Indian journal of veterinary science and animal husbandry - Volume 12,
Year: 1942
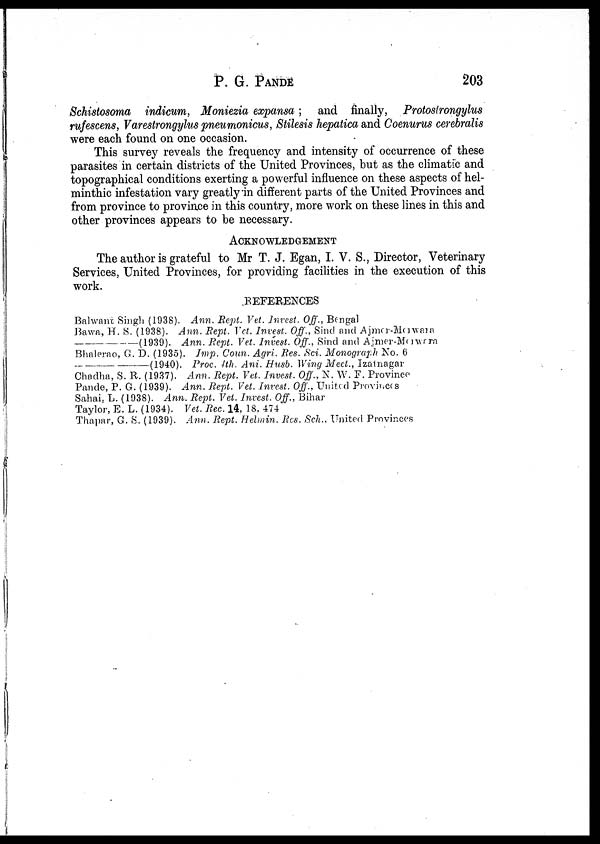
P. G. PANDE 203
Schistosoma indicum, Moniezia expansa ; and finally, Protostrongylus
rufescens, Varestrongylus pneumonicus, Stilesis hepatica and Coenurus cerebralis
were each found on one occasion.
This survey reveals the frequency and intensity of occurrence of these
parasites in certain districts of the United Provinces, but as the climatic and
topographical conditions exerting a powerful influence on these aspects of hel-
minthic infestation vary greatly in different parts of the United Provinces and
from province to province in this country, more work on these lines in this and
other provinces appears to be necessary.
ACKNOWLEDGEMENT
The author is grateful to Mr T. J. Egan, I. V. S., Director, Veterinary
Services, United Provinces, for providing facilities in the execution of this
work.
REFERENCES
Balwant Singh (1938). Ann. Rept. Vet. Invest. Off., Bengal
Bawa, H. S. (1938). Ann. Rept. Vet. Invest. Off., Sind and Ajmer-Marwara
—(1939).
Ann. Rept. Vet. Invest. Off., Sind and Ajmer-Marwara
Bhalerao, G. D. (1935). Imp. Coun. Agri. Res.Sci. Monograph No. 6
—(1940).
Proc. 1th. Ani. Husb. Wing Mect., Izatnagar
Chadha, S. R. (1937). Ann. Rept. Vet. Invest. Off., N. W. F. Province
Pande, P. G. (1939). Ann. Rept. Vet. Invest. Off., United Provinces
Sahai, L. (1938). Ann. Rept. Vet. Invest. Off., Bihar
Taylor, E. L. (1934). Vet. Rec. 14, 18. 474
Thapar, G. S. (1939). Ann. Rept. Helmin. Res. Sch., United Provinces